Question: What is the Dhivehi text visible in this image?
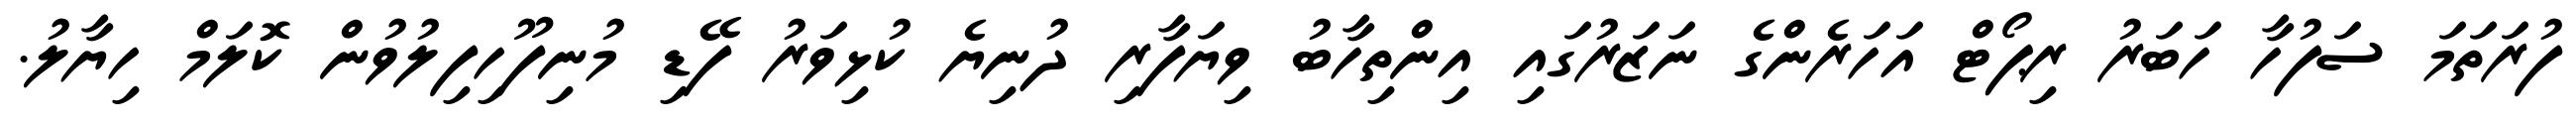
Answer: ފުރަތަމަ ސަފުހާ ހަބަރު ރިޕޯޓް އަހަރެންގެ ނަޒަރުގައި އިންތިހާބު ވިޔަފާރި ދުނިޔެ ކުޅިވަރު ފޭޑި މުނިފޫހިފިލުވުން ކޮލަމް ހިޔާލު.